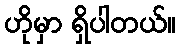
ဟိုမှာ ရှိပါတယ်။